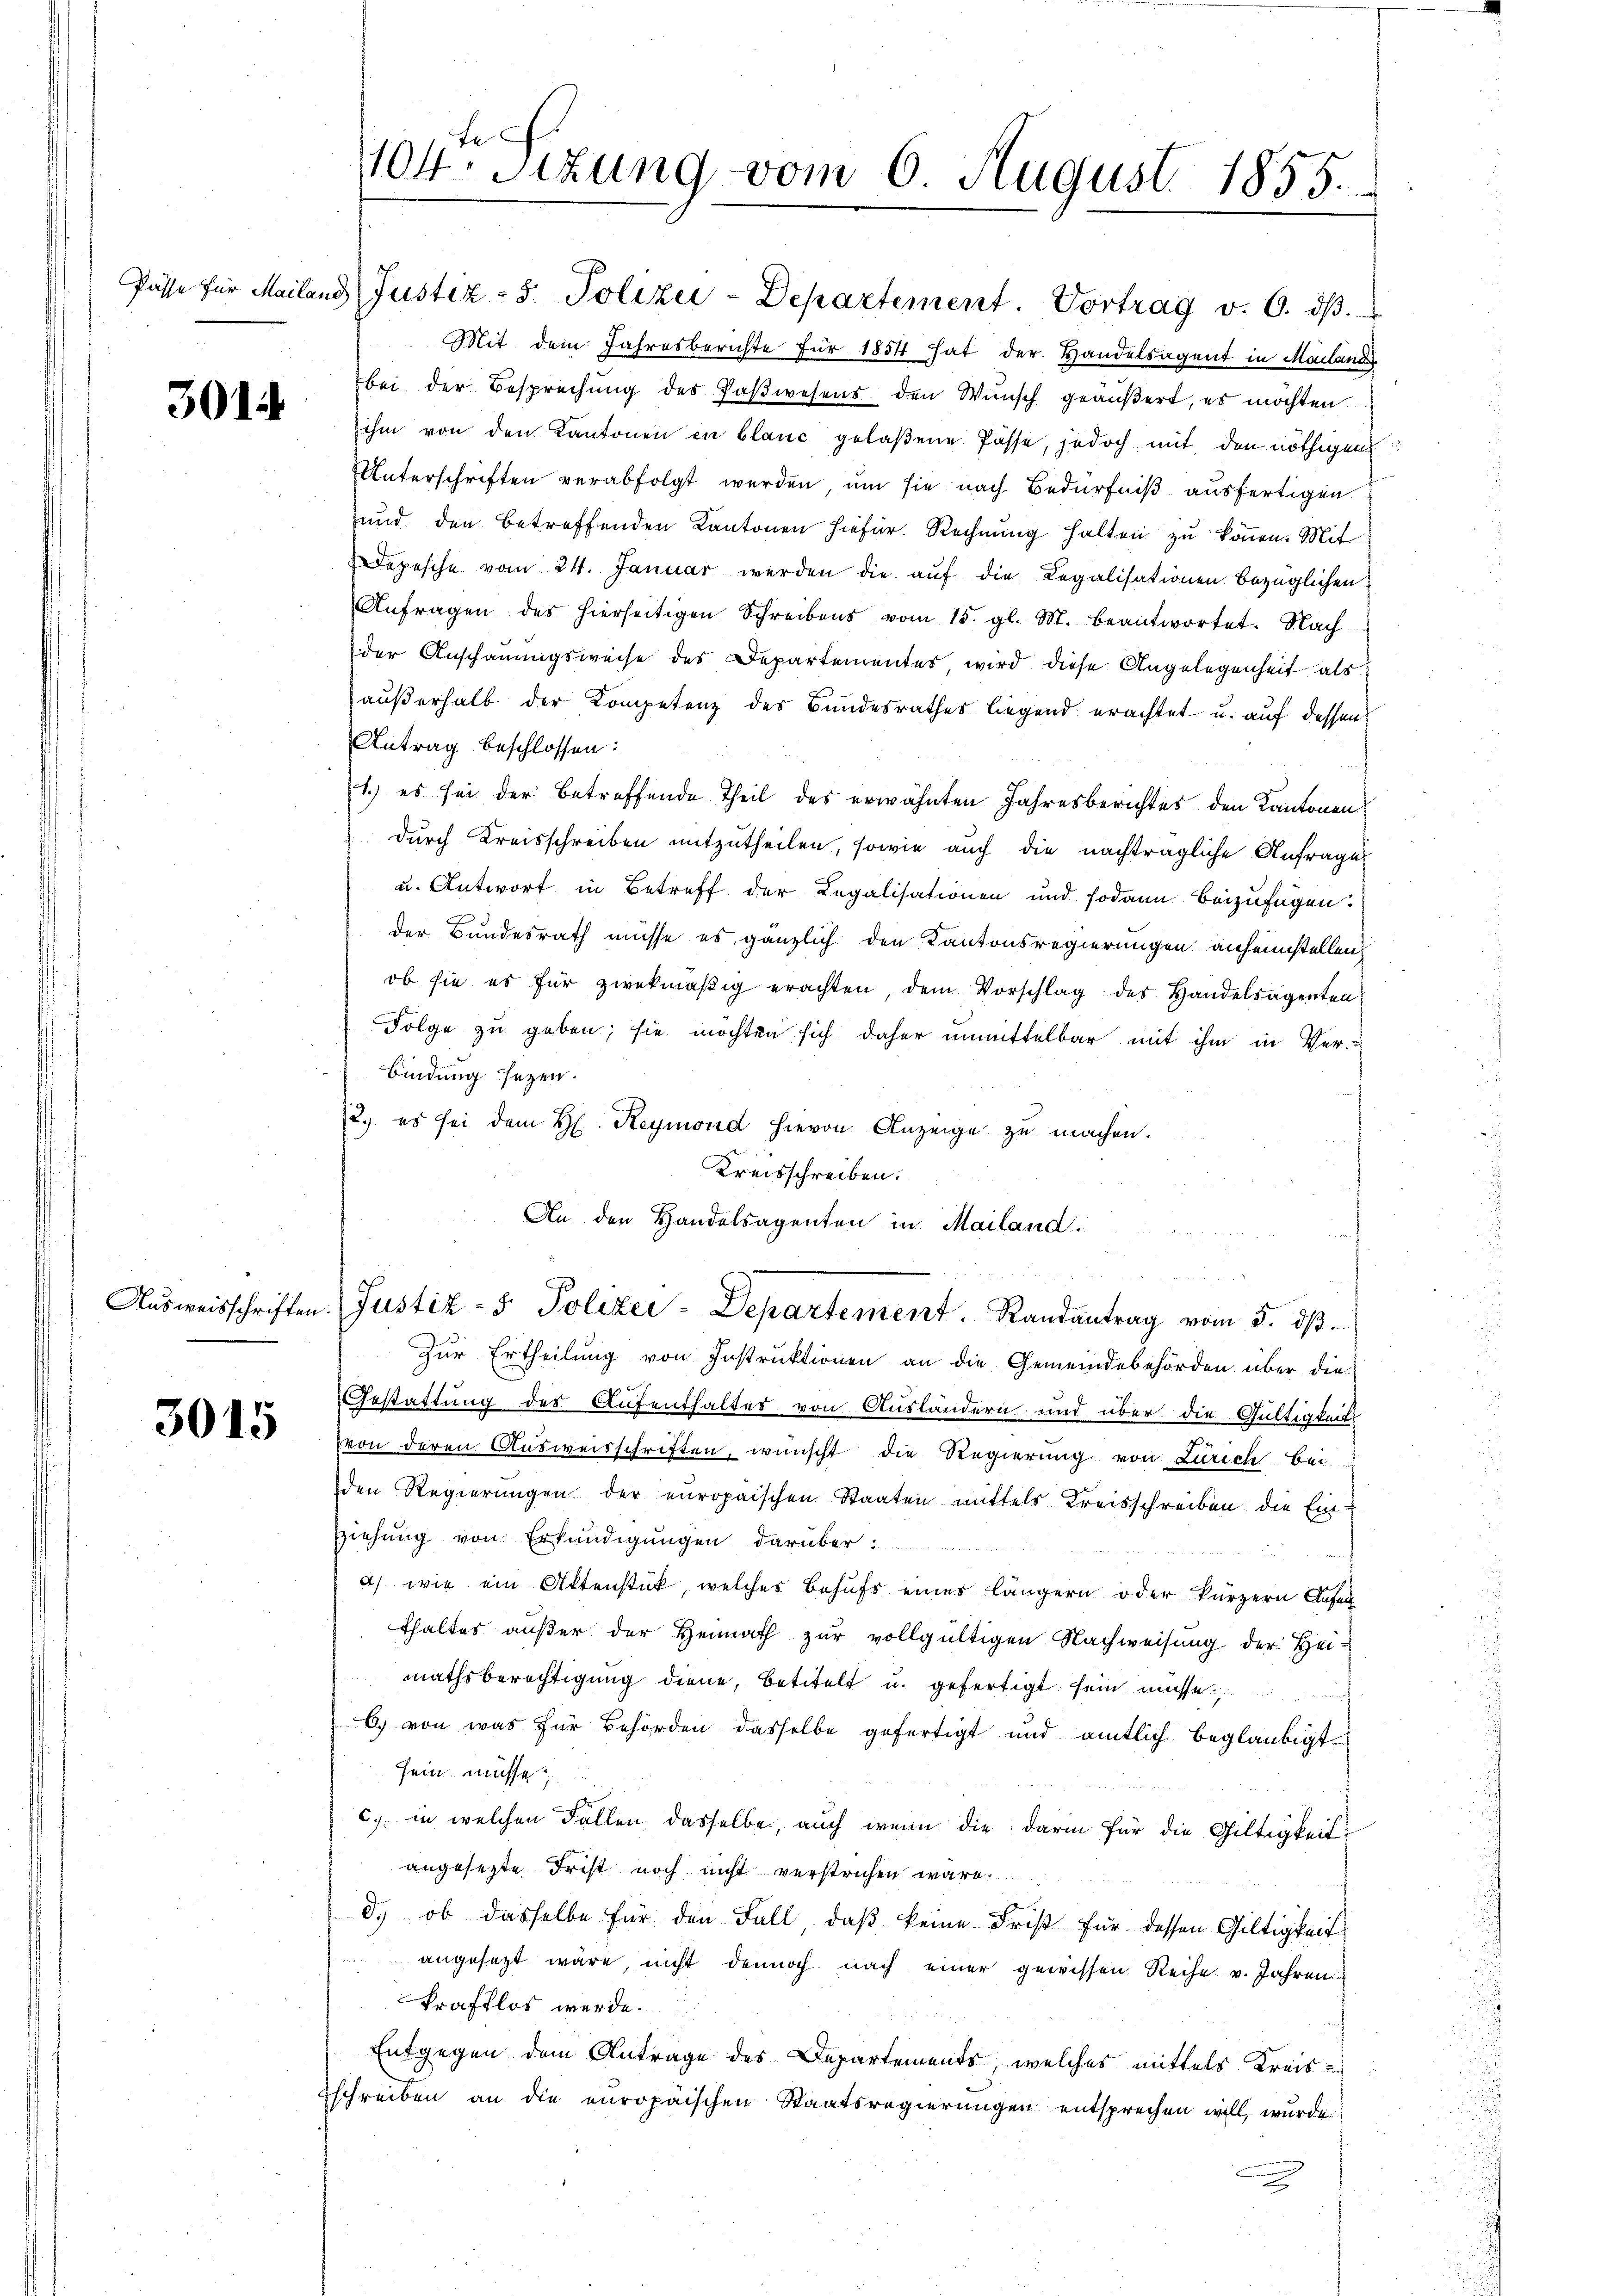
3014

3015

Pässe für Mailand Justiz- & Polizei-Departement. Vortrag v. 6. dβ.
Mit dem Jahresberichte für 1854 hat der Handelsagent in Mailande
bei der Besprechŭng des Paβwesens den Wunsch geäußert, es möchten.
ihm von den Kantonen in blanc gelaßene Pässe, jedoch mit den nöthigen
Unterschriften verabfolgt werden, um sie nach Bedürfniß ausfertigen
und den betreffenden Kantonen hiefür Rechnung halten zu können. Mit
Depesche vom 24. Januar werden die aŭf die Legalisationen bezüglichen
Anfragen des hierseitigen Schreibens vom 15. gl. M. beantwortet. Nach
der Anschauungsweise des Departementes wird diese Angelegenheit als
außerhalb der Kompetenz des Bundesrathes liegend erachtet u. auf dessen
Antrag beschlossen:
1) es sei der betreffende Theil des erwähnten Jahresberichtes den Kantonen
durch Kreisschreiben mitzutheilen, sowie auch die nachträgliche Anfrage
u. Antwort in Betreff der Legalisationen und sodann beizufügen.
der Bundesrath müsse es gänzlich den Kantonsregierungen anheimstellen,
ob sie es für zwekmäßig erachten, dem Vorschlag des Handelsagenten
Folge zu geben; sie möchten sich daher unmittelbar mit ihm in Ver-
bindung seyen.
12.) es sei dem H. Reymond hievon Anzeige zu machen.
Kreisschreiben.
An den Handelsagenten in Mailand.
u
Aŭsweisschriften Justiz- & Polizei-Departement. Randantrag vom 5. dβ.
Zur Ertheilung von Instruktionen an die Gemeindebehörden über die
Gestattung des Aufenthalter von Ausländern und über die Gültigkeit
von deren Ausweisschriften, wünscht die Regierung von Zürich bei
den Regierŭngen der europäischen Staaten mittels Kreisschreiben die Einziehung von Erkundigungen darüber:
a) wie ein Attenstück, welches Behufs eines längern oder kürzern Anfal
thaltes aŭβer der Heimath zŭr vollgültigen Nachweisŭng der Hei-
mathsberechtigung diene, betitelt u. gefertigt sein müsse
6.) von was für Behörden dasselbe gefertigt und amtlich beglaubigt
sein müsse,
c.) in welchen Fallen dasselbe, auch wenn die darin für die Gültigkeit
angesezte Frist noch nicht verstrichen wäre.
d.) ob dasselbe für den Fall, daß keine Frist für dessen Gültigkeit
angesezt wäre, nicht dennoch nach einer gewissen Reihe v. Jahren
kraftlos werde.
Entgegen dem Antrage des Departements, welches mittels Kreis
schreiben an die europäischen Staatsregierungen entsprechen will, wurde

104. Sitzung vom 6. August 1855.